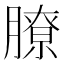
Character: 膫